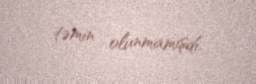
təmin olunmamışdı.